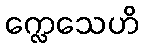
က္လေသေဟိ